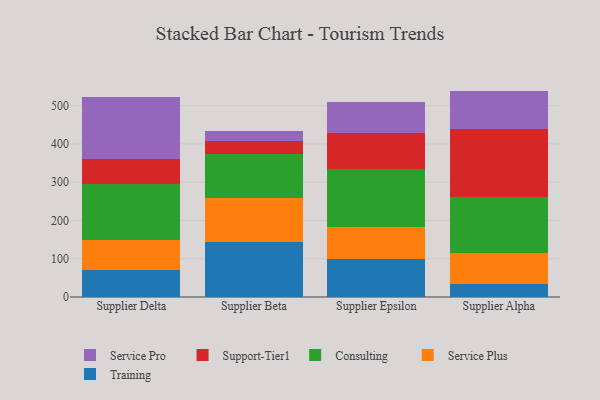
{"axis": {"x": "Supplier", "y": "Population (Million)"}, "legend": ["Consulting", "Service Plus", "Service Pro", "Support-Tier1", "Training"], "data": [{"x": "Supplier Delta", "y": 69.9, "type": "Training"}, {"x": "Supplier Delta", "y": 80.1, "type": "Service Plus"}, {"x": "Supplier Delta", "y": 146.4, "type": "Consulting"}, {"x": "Supplier Delta", "y": 65.0, "type": "Support-Tier1"}, {"x": "Supplier Delta", "y": 160.8, "type": "Service Pro"}, {"x": "Supplier Beta", "y": 143.9, "type": "Training"}, {"x": "Supplier Beta", "y": 113.5, "type": "Service Plus"}, {"x": "Supplier Beta", "y": 116.0, "type": "Consulting"}, {"x": "Supplier Beta", "y": 34.0, "type": "Support-Tier1"}, {"x": "Supplier Beta", "y": 27.4, "type": "Service Pro"}, {"x": "Supplier Epsilon", "y": 98.8, "type": "Training"}, {"x": "Supplier Epsilon", "y": 84.1, "type": "Service Plus"}, {"x": "Supplier Epsilon", "y": 150.5, "type": "Consulting"}, {"x": "Supplier Epsilon", "y": 94.5, "type": "Support-Tier1"}, {"x": "Supplier Epsilon", "y": 81.1, "type": "Service Pro"}, {"x": "Supplier Alpha", "y": 34.0, "type": "Training"}, {"x": "Supplier Alpha", "y": 81.5, "type": "Service Plus"}, {"x": "Supplier Alpha", "y": 145.3, "type": "Consulting"}, {"x": "Supplier Alpha", "y": 176.9, "type": "Support-Tier1"}, {"x": "Supplier Alpha", "y": 100.9, "type": "Service Pro"}]}